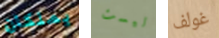
يملكان ليست غولف